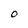
Character: O